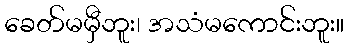
ခေတ်မမှီဘူး၊ အသံမကောင်းဘူး။